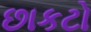
છાકટો